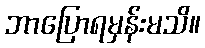
ဘာပြောရမှန်းမသိ။